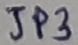
Text: JP3